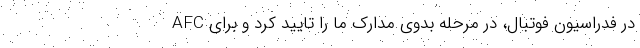
در فدراسیون فوتبال، در مرحله بدوی مدارک ما را تایید کرد و برای AFC